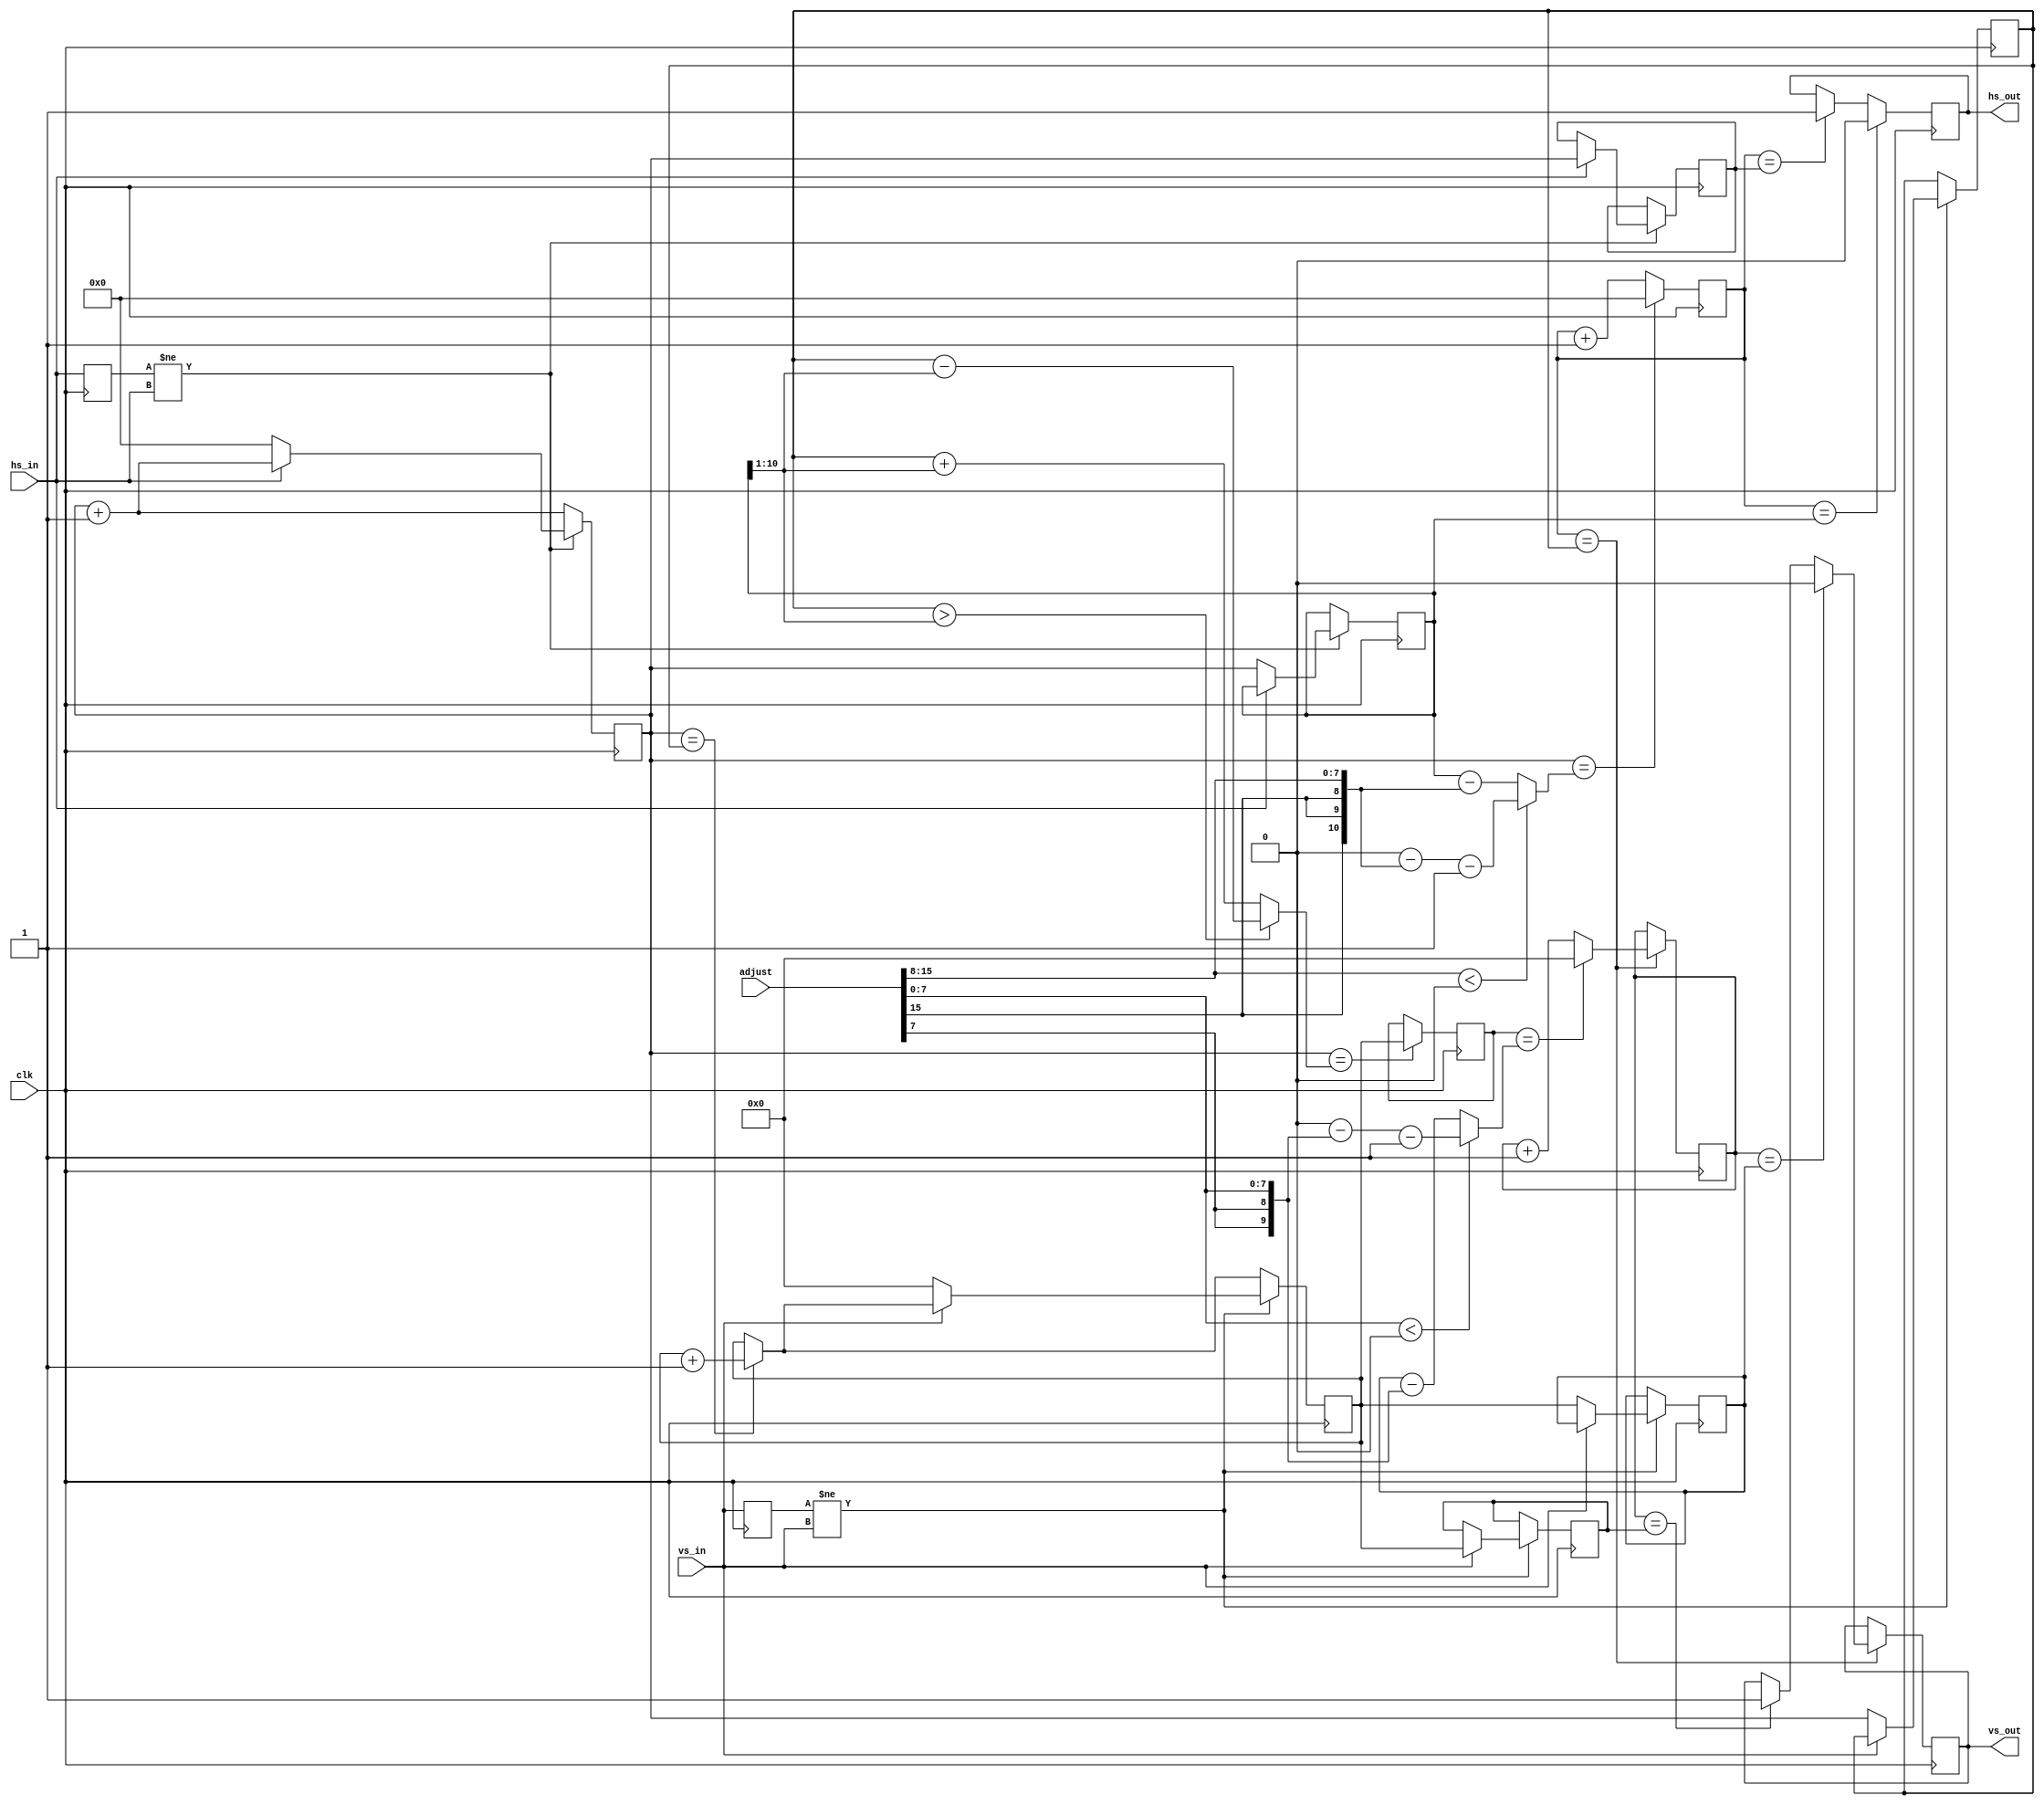
module sync_adjust (
  // system interface
  input 	   clk, // 31.875 MHz

  input [15:0] 	   adjust,
	       
  input 	   hs_in,
  input 	   vs_in,

  output reg 	   hs_out,
  output reg 	   vs_out
);

// This has to cope with 15kHz (64us). At 32MHz a counter will count
// from 0 to 2047 in that time. Thus a 11 bit counter is required
   
// Extract and sign extend adjust values
wire signed [10:0] adjust_x = { {3{ adjust[15] }}, adjust[15:8] };
wire signed [9:0]  adjust_y = { {2{ adjust[7]  }}, adjust[7:0]  };
   
// ==================================================================
// ====================== input timing analysis =====================
// ==================================================================

// total hsync time (in 32MHz cycles), hs_total reaches 2048
reg [10:0] hcnt;
reg hsD, vsD;

// hsync rise at hcnt == 0, signals relative to this:
reg [10:0] hs_rise;   
reg [10:0] hs_fall;   
reg [10:0] v_event;   

// an event ecactly half a line delayed to v_event to generate
// vcntD which is stable over any change in v_event timinig
wire [10:0] hs_max_2 = { 1'b0, hs_max[10:1] };   
wire [10:0] v_event_2 = (v_event > hs_max_2)?v_event-hs_max_2:v_event+hs_max_2;
    
reg [9:0] vcnt;
reg [9:0] vcntD;    // delayed by half a line
reg [9:0] vs_rise;   
reg [9:0] vs_fall;   

// since the counter is restarted at the falling edge, hs_fall contains
// the max counter value (total times - 1)    
wire [10:0] hs_max = hs_fall;   
wire [9:0] vs_max = vs_fall;   

always @(negedge clk) begin
   hsD <= hs_in;
   vsD <= vs_in;

   // hsync has changed
   hcnt <= hcnt + 11'd1;
   if(hsD != hs_in) begin
      if(!hs_in) begin
	 hcnt <= 11'd0;
	 hs_fall <= hcnt;
      end else
	hs_rise <= hcnt;
   end

   if(hcnt == v_event)
     vcnt <= vcnt + 10'd1;
   
   // vsync has changed
   if(vsD != vs_in) begin
      if(!vs_in) begin
	 v_event <= hcnt;
	 vcnt <= 10'd0;
	 vs_fall <= vcnt;
      end else
	vs_rise <= vcnt;
   end

   if(hcnt == v_event_2)
     vcntD <= vcnt;   
end
   
// ==================================================================
// ==================== output timing generation ====================
// ==================================================================

wire [10:0] hcnt_out_rst = (adjust_x < 0)?(10'd0-adjust_x-10'd1):(hs_max-adjust_x);
reg [10:0] hcnt_out;

wire [9:0] vcnt_out_rst = (adjust_y < 0)?(9'd0-adjust_y-9'd1):(vs_max-adjust_y);
reg [9:0] vcnt_out;

always @(posedge clk) begin
   // generate new hcnt with offset
   if(hcnt == hcnt_out_rst)
     hcnt_out <= 11'd0;
   else
     hcnt_out <= hcnt_out + 11'd1;

   // generate delayed hsync
   if(hcnt_out == hs_rise) hs_out <= 1'b1;
   if(hcnt_out == hs_fall) hs_out <= 1'b0;
 
   // generate delayed vsync timing
   if(hcnt_out == v_event) begin

      if(vcntD == vcnt_out_rst)
	vcnt_out <= 10'd0;
      else
	vcnt_out <= vcnt_out + 10'd1;
      
      // generate delayed vsync
      if(vcnt_out == vs_rise) vs_out <= 1'b1;
      if(vcnt_out == vs_fall) vs_out <= 1'b0;
   end
end
   
endmodule